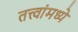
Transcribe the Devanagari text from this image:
तत्त्वांमध्ये